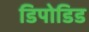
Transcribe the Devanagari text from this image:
डिपोडिड